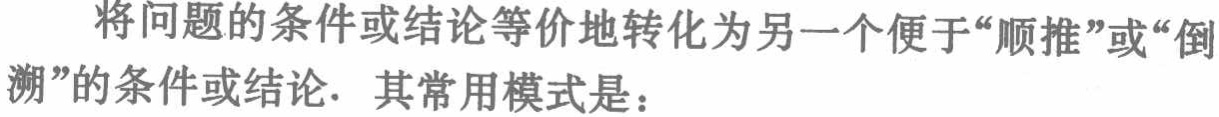
将问题的条件或结论等价地转化为另一个便于“顺推”或“倒溯”的条件或结论. 其常用模式是：